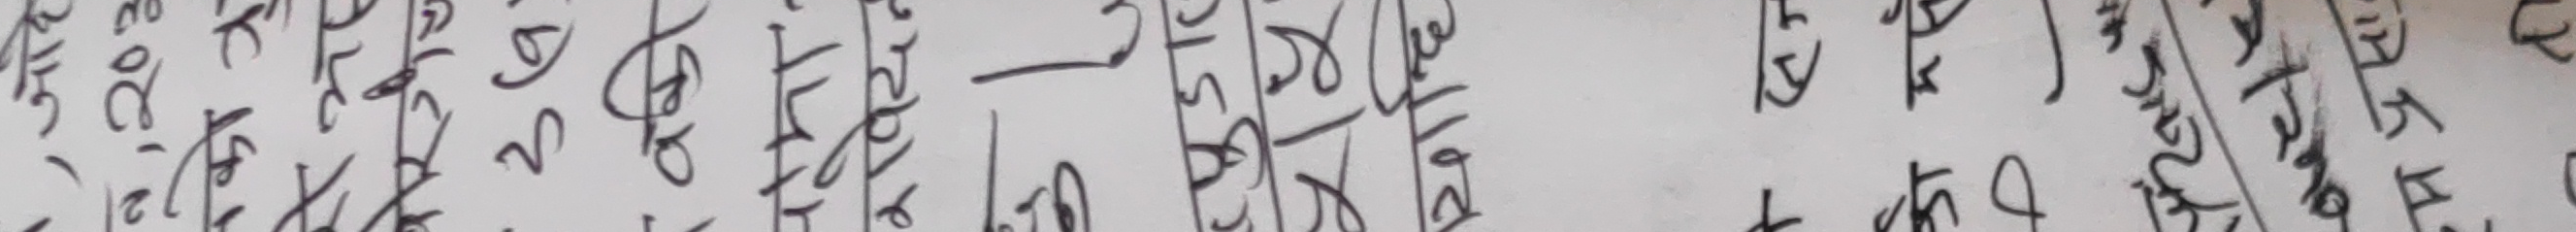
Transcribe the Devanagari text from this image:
+
1, जाहे
नको त्र
बोरीच
९७
वकी
रावेदन
पुडा
रा५
याहि
को मस
P
YRHS VI
म प्रसा